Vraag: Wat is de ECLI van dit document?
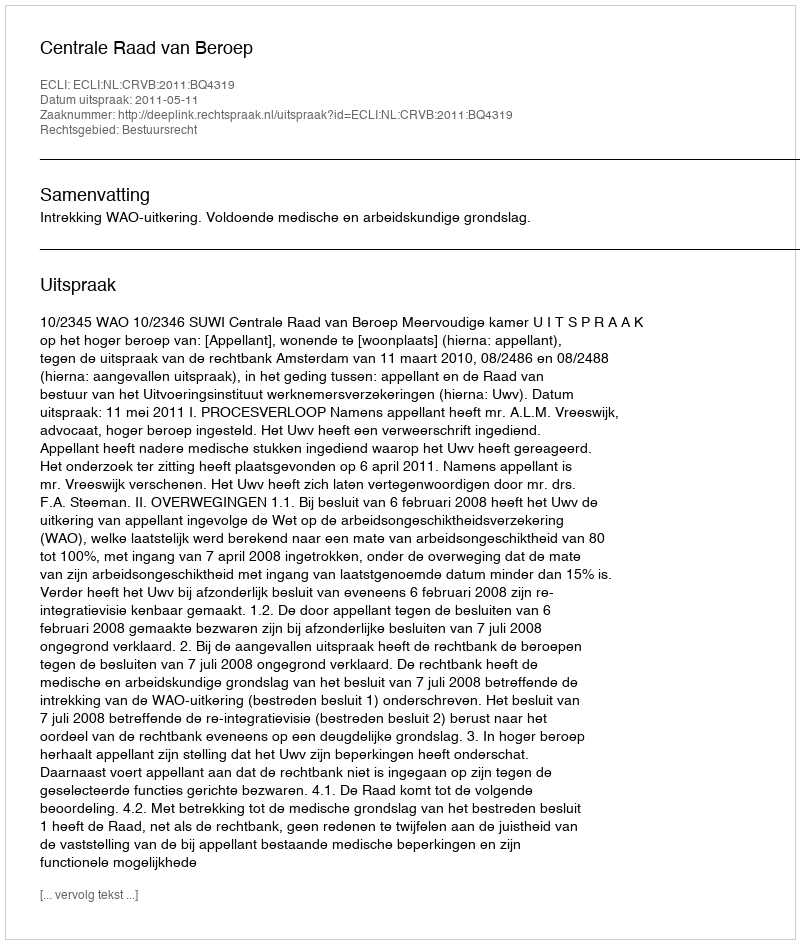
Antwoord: ECLI:NL:CRVB:2011:BQ4319